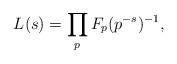
LaTeX: \begin{align*} L(s) = \prod_p F_p(p^{-s})^{-1},\end{align*}